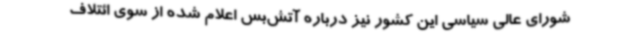
شورای عالی سیاسی این کشور نیز درباره آتش‌بس اعلام شده از سوی ائتلاف